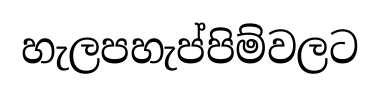
හැලපහැප්පිම්වලට